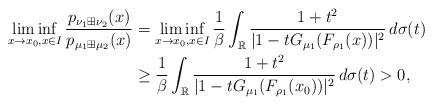
LaTeX: \begin{align*}\liminf_{x\to x_{0},x\in I}\frac{p_{\nu_{1}\boxplus\nu_{2}}(x)}{p_{\mu_{1}\boxplus\mu_{2}}(x)} & =\liminf_{x\to x_{0},x\in I}\frac{1}{\beta}\int_{\mathbb{R}}\frac{1+t^{2}}{|1-tG_{\mu_{1}}(F_{\rho_{1}}(x))|^{2}}\,d\sigma(t)\\ & \ge\frac{1}{\beta}\int_{\mathbb{R}}\frac{1+t^{2}}{|1-tG_{\mu_{1}}(F_{\rho_{1}}(x_{0}))|^{2}}\,d\sigma(t)>0,\end{align*}